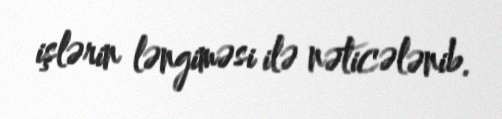
işlərin ləngiməsi ilə nəticələnib.